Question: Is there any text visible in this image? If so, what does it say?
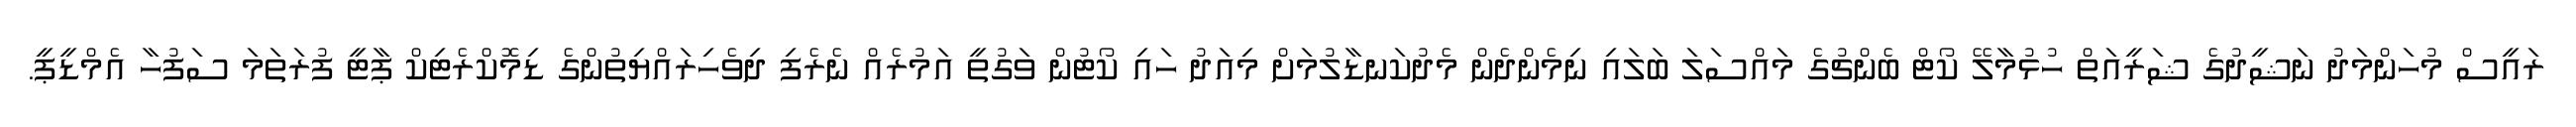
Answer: ރައީސް މުހަންމަދު ނަޝީދުގެ ޝަރީއަތް ހުޅުމާލޭ ކޯޓް ބެންޗުގެ މައްސަލަ ބަލައި ނިމެންދެން މެދުކަނޑާލުމަށް މިއަދު ހައި ކޯޓުން ވަގުތީ އަމުރެއް ނެރެފި ދިވެހިރައްޔިތުންގެ ޑިމޮކްރެޓިކް ޕާޓީ ފުރަތަމަ ސަފުހާ އެމްޑީޕީ.